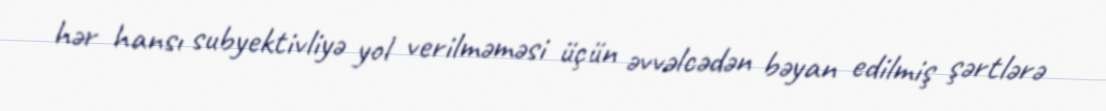
hər hansı subyektivliyə yol verilməməsi üçün əvvəlcədən bəyan edilmiş şərtlərə